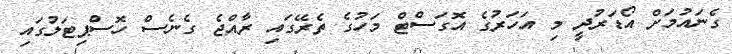
ގެނައުމަށް އޯޑަރުދީ މި އަހަރުގެ އޮގަސްޓް މަހުގެ ތެރޭގައި ރާއްޖެ ގެނެސް ހޮސްޕިޓަލުގައި